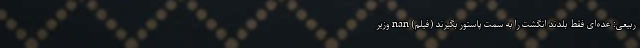
ربیعی: عده‌ای فقط بلدند انگشت را به سمت پاستور بگیرند (فیلم) nan وزیر